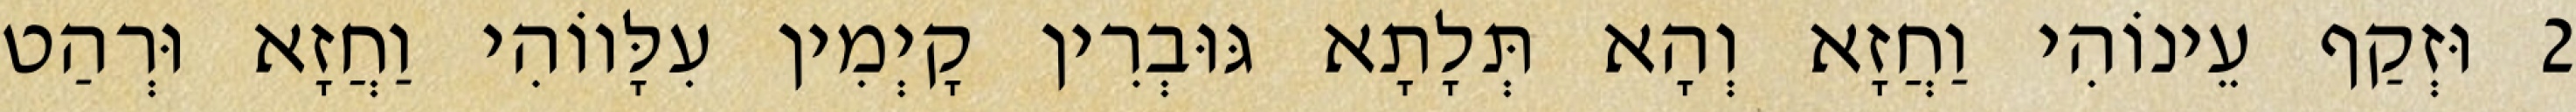
2 וּזְקַף עֵינוֹהִי וַחֲזָא וְהָא תְּלָתָא גּוּבְרִין קָיְמִין עִלָּווֹהִי וַחֲזָא וּרְהַט